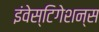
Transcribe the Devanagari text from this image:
इंवेस्टिगेशन्स